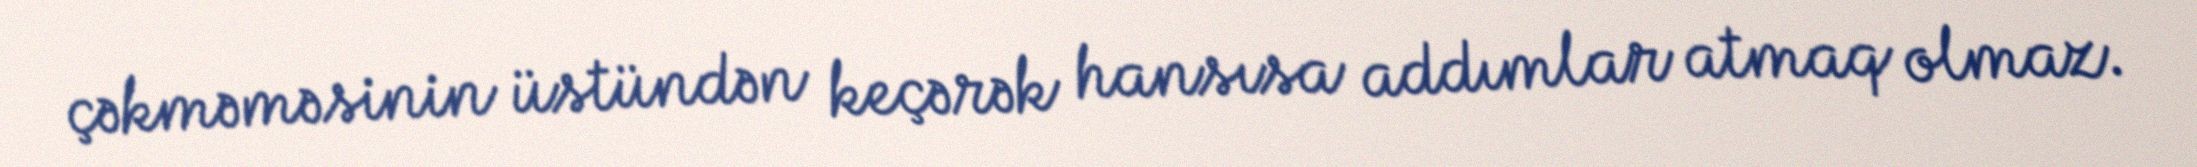
çəkməməsinin üstündən keçərək hansısa addımlar atmaq olmaz.